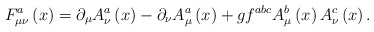
\begin{align*}F_{\mu \nu }^a\left(x\right) =\partial _\mu A_\nu ^a\left(x\right)-\partial _\nu A_\mu ^a\left(x\right) +gf^{abc}A_\mu^b\left(x\right) A_\nu ^c\left(x\right) .\end{align*}